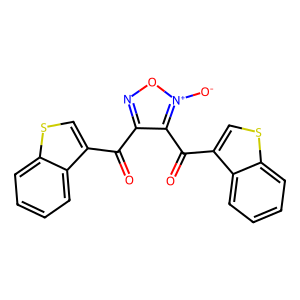
SMILES: O=C(c1no[n+]([O-])c1C(=O)c1csc2ccccc12)c1csc2ccccc12
Inhibits HIV replication: No